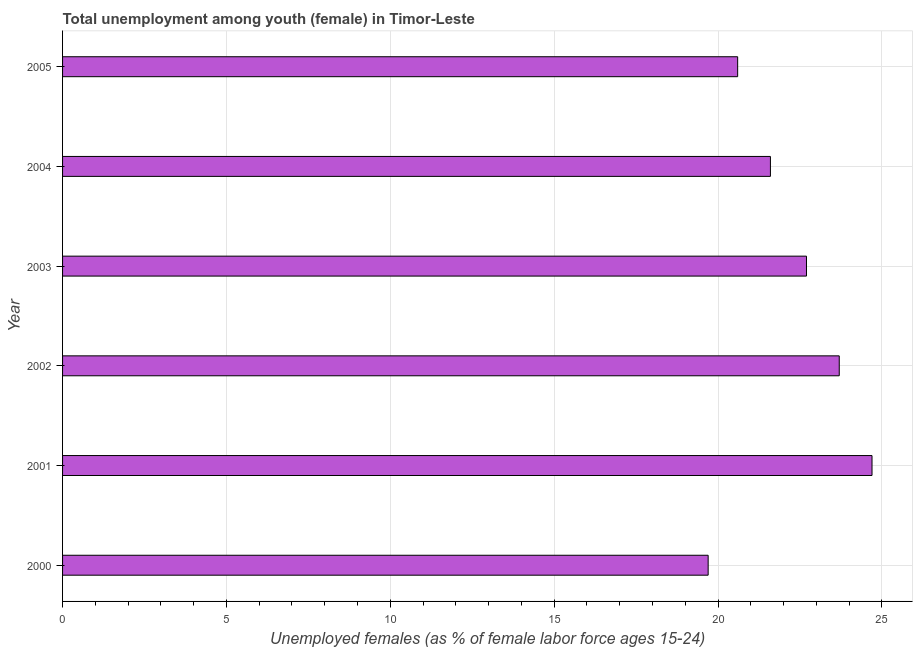
| Year | Unemployment |
 | --- | --- |
 | 2000 | 19.7 |
 | 2001 | 24.7 |
 | 2002 | 23.7 |
 | 2003 | 22.7 |
 | 2004 | 21.6 |
 | 2005 | 20.6 |